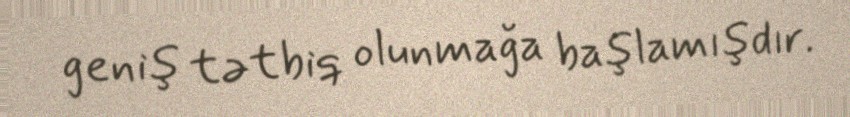
geniş tətbiq olunmağa başlamışdır.